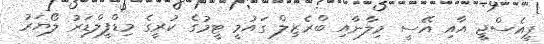
ޕީއެސްޖީ އާއި އޭސީ މިލާނާއި ބްރެޒިލް ގައުމީ ޓީމުގެ ކުރީގެ މިޑްފީލްޑަރު ލޯޔަރު